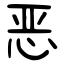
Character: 恶